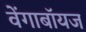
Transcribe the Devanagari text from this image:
वेंगाबॉयज